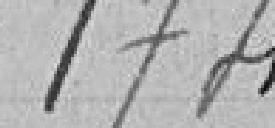
174